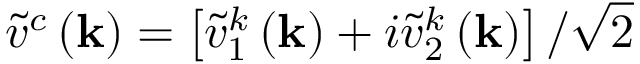
\tilde { v } ^ { c } \left( \mathbf { k } \right) = \left[ \tilde { v } _ { 1 } ^ { k } \left( \mathbf { k } \right) + i \tilde { v } _ { 2 } ^ { k } \left( \mathbf { k } \right) \right] / \sqrt { 2 }